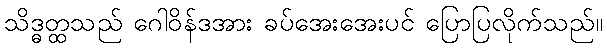
သိဒ္ဓတ္ထသည် ဂေါဝိန်ဒအား ခပ်အေးအေးပင် ပြောပြလိုက်သည်။